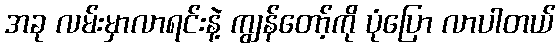
အခု လမ်းမှာလာရင်းနဲ့ ကျွန်တော့်ကို ပုံပြော လာပါတယ်